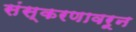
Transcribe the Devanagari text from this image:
संस्करणावरून